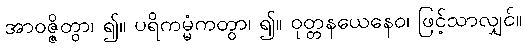
အာဝဇ္ဇိတွာ၊ ၍။ ပရိကမ္မံကတွာ၊ ၍။ ဝုတ္တနယေနေဝ၊ ဖြင့်သာလျှင်။